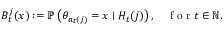
B _ { t } ^ { j } ( x ) : = \mathbb { P } \left( \theta _ { a _ { t } ( j ) } = x \mid H _ { t } ( j ) \right) , \quad \mathrm { ~ f ~ o ~ r ~ } t \in \mathbb { N } .